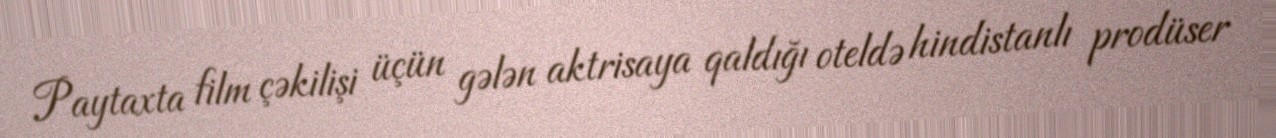
Paytaxta film çəkilişi üçün gələn aktrisaya qaldığı oteldə hindistanlı prodüser